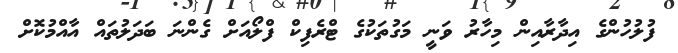
ފުލުހުންގެ އިދާރާއިން މިހާރު ވަނީ މަގުތަކުގެ ޓްރެފިކް ފްލޯއަށް ގެންނަ ބަދަލުތައް އާއްމުކޮށް